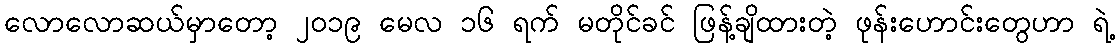
လောလောဆယ်မှာတော့ ၂၀၁၉ မေလ ၁၆ ရက် မတိုင်ခင် ဖြန့်ချိထားတဲ့ ဖုန်းဟောင်းတွေဟာ ရဲ့